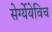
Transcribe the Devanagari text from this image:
सेर्ग्येयेविच